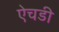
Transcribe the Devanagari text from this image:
ऐचडी